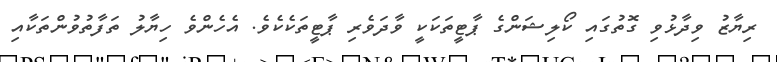
ރިޔާޒު ވިދާޅުވި ގޮތުގައި ކޯލިޝަންގެ ޕާޓީތަކަކީ ވާދަވެރި ޕާޓީތަކެކެވެ. އެހެންވެ ހިޔާލު ތަފާތުވުންތަކާއި